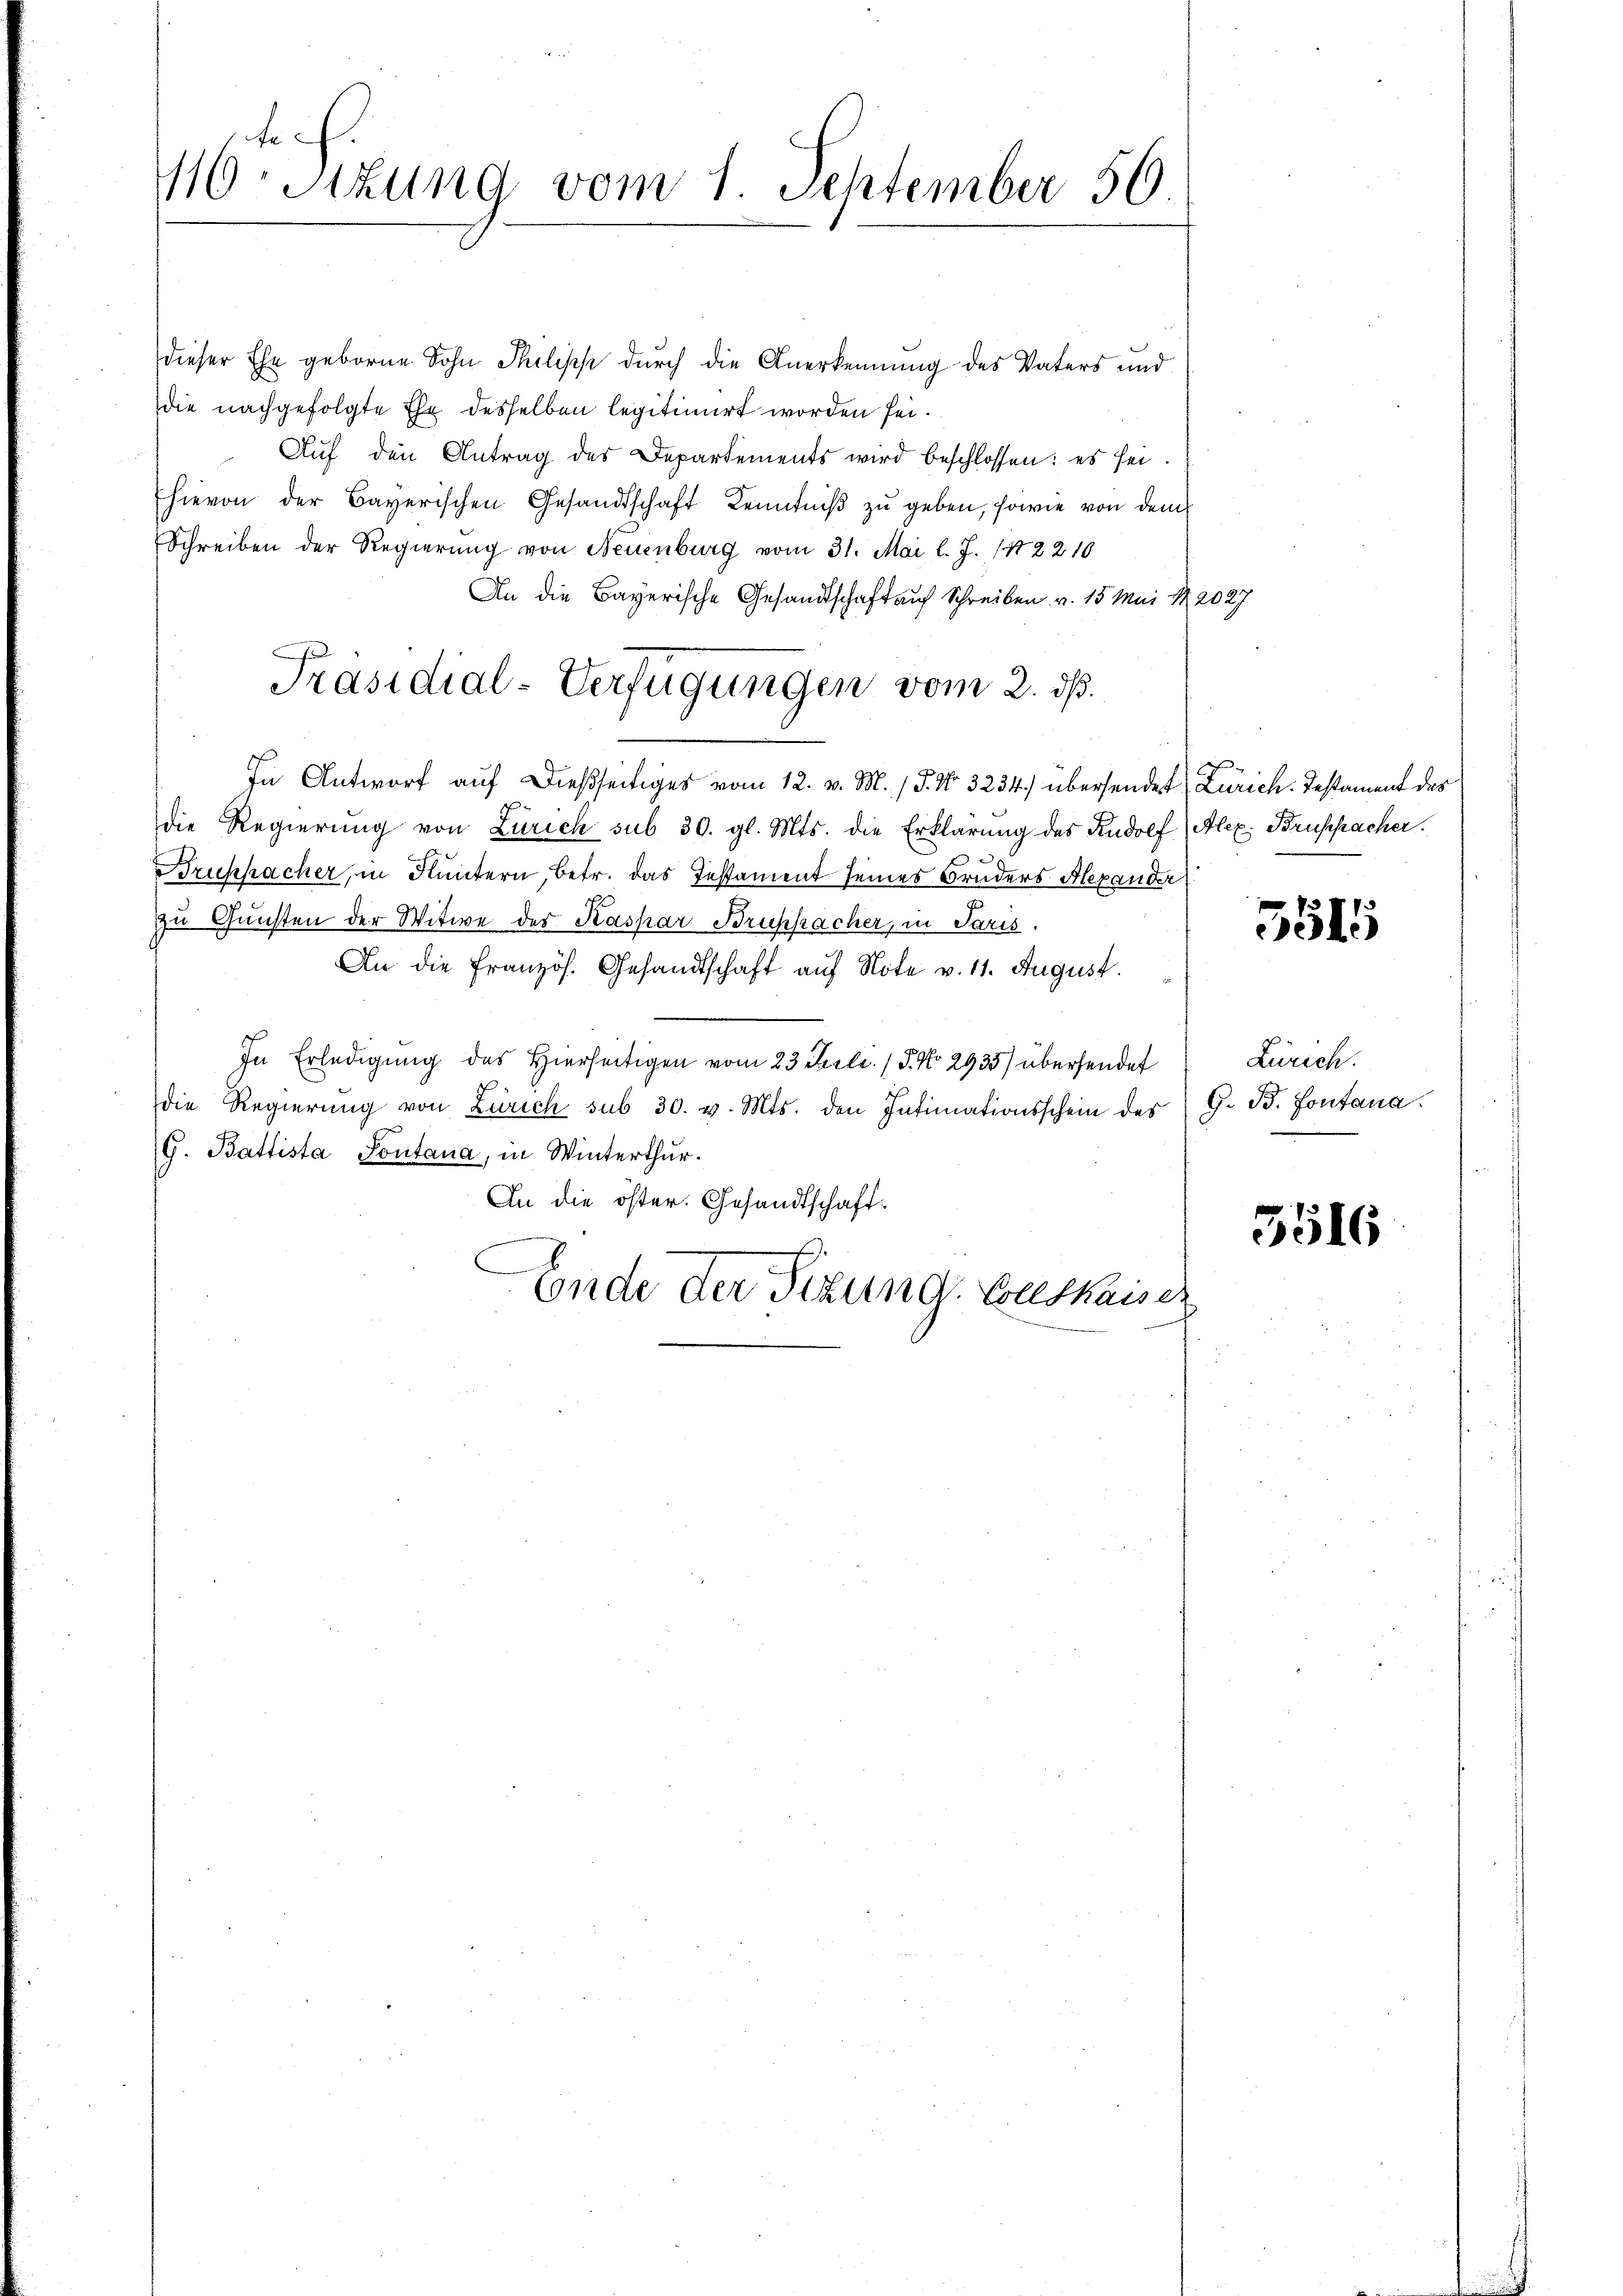
116ten Sizung vom 1. September 56

dieser Ehe geborne Sohn Philisch durch die Anerkennung des Vaters und
die nachgefolgte Ehe desselben legitimirt worden sei.
Aŭf den Antrag des Departements wird beschlossen: es sei.
hievon der Bayerischen Gesandtschaft Kenntniß zu geben, sowie von dem
Schreiben der Regierung von Neuenburg vom 31. Mai l. J. 142210
An die Bayerische Gesandtschaft auf Schreiben v. 15 Mai 182027
In Antworf auf dießseitiges vom 12. v. M. / 5. No. 3234) übersendet Zürich. Testament des
die Regierung von Zürich sub 30. gl. Mts. die Erklärung des Rudolf Alex. Bruspacher.
Bruppacher, in Fluntern, betr. das Testament seines Bruders Alexander
zu Gunsten der Witwe der Kaspar Bruppacher, in Paris.
An die Französ. Gesandtschaft auf Note v. 11. August.
In Erledigŭng des hierseitigen vom 23 Juli / 5. No 2935) übersendet Zürich.
7
die Regierŭng von Zürich sub 30. v. Mts. den Intimationsschein des G. B. Fontana.
G. Battista Pontana, in Winterthur.
An die öster. Gesandtschaft.
.
Ende der Titung. Wollskaiser

Präsidial-Verfügungen vom 2. ds.

5515

3516